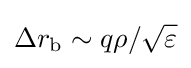
\Delta r_{\text{b}}\sim q\rho /{\sqrt {\varepsilon }}